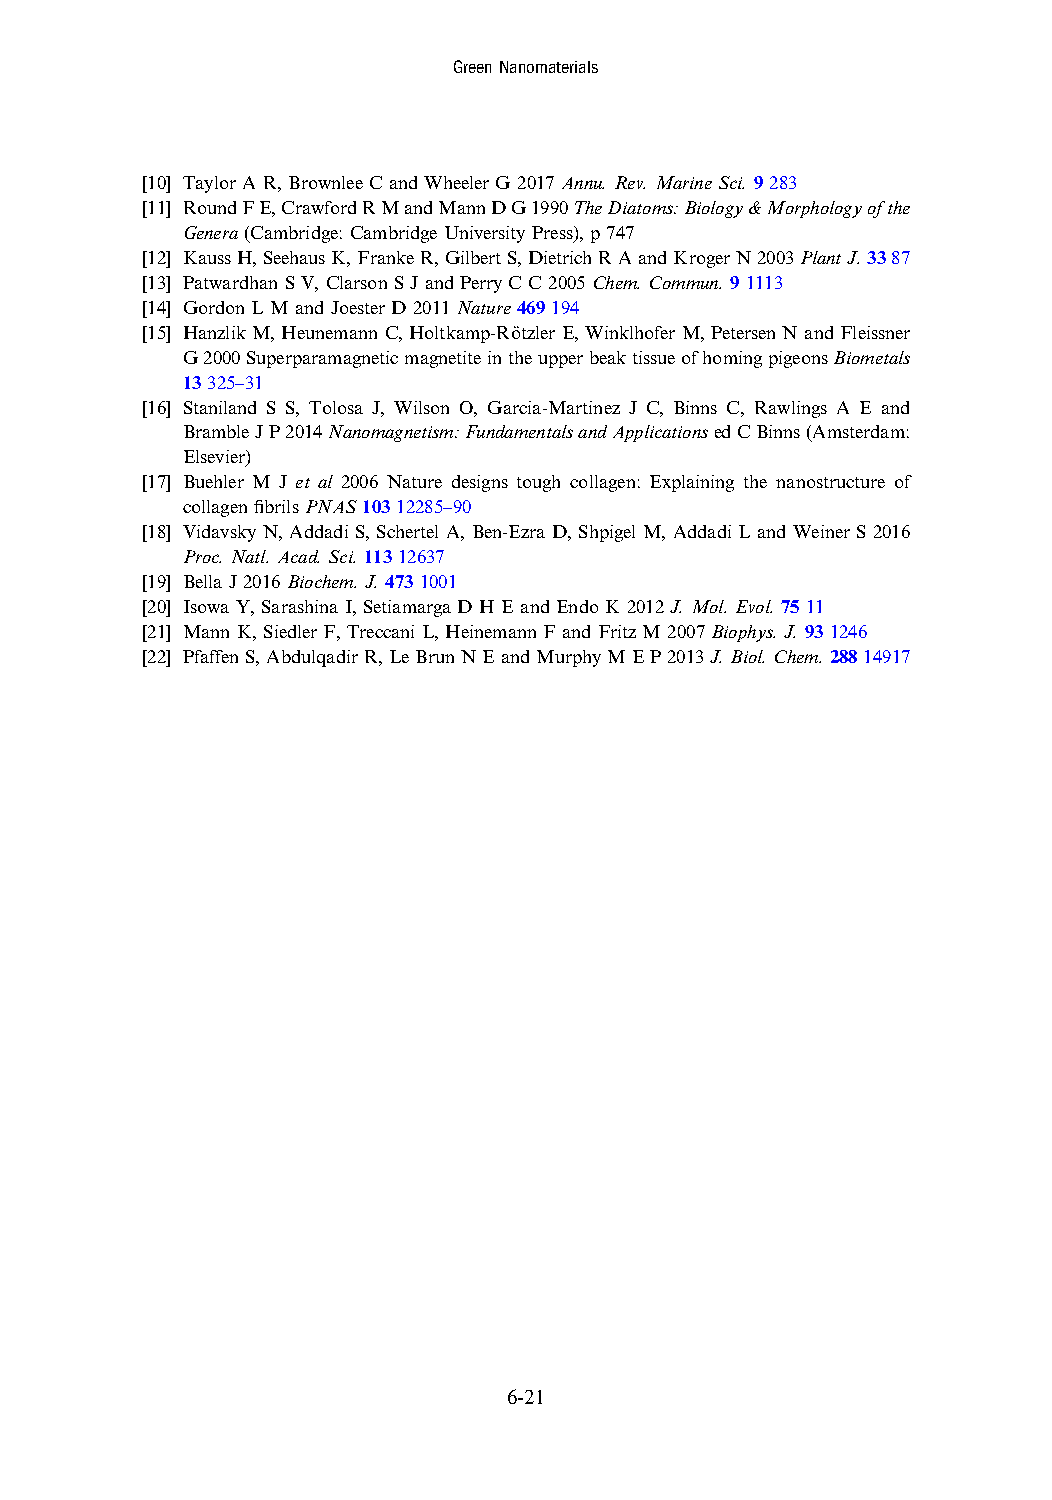
GreenNanomaterials
 [10] Taylor AR,BrownleeCandWheelerG 2017Annu.Rev.MarineSci.9283
 [11] RoundFE,CrawfordRMandMannDG1990TheDiatoms:Biology&Morphologyofthe
 Genera(Cambridge: CambridgeUniversity Press),p747
 [12] KaussH,SeehausK,FrankeR,GilbertS,DietrichRAandKrogerN2003PlantJ.3387
 [13] Patwardhan SV,ClarsonSJandPerryCC2005Chem.Commun. 91113
 [14] Gordon LMandJoesterD 2011Nature469194
 [15] HanzlikM,HeunemannC,Holtkamp-Rötzler E,WinklhoferM,PetersenNandFleissner
 G2000SuperparamagneticmagnetiteintheupperbeaktissueofhomingpigeonsBiometals
 13325–31
 [16] Staniland S S, Tolosa J, Wilson O, Garcia-Martinez J C, Binns C, Rawlings A E and
 BrambleJP2014Nanomagnetism:FundamentalsandApplicationsedCBinns(Amsterdam:
 Elsevier)
 [17] Buehler M J et al 2006 Nature designs tough collagen: Explaining the nanostructure of
 collagen fibrilsPNAS10312285–90
 [18] Vidavsky N, Addadi S, Schertel A, Ben-Ezra D, Shpigel M, Addadi L and Weiner S 2016
 Proc.Natl.Acad.Sci.11312637
 [19] Bella J2016Biochem.J.4731001
 [20] IsowaY,SarashinaI,Setiamarga DH EandEndoK 2012J.Mol. Evol.7511
 [21] MannK, SiedlerF, TreccaniL,Heinemann FandFritzM2007Biophys.J.931246
 [22] PfaffenS,AbdulqadirR,LeBrunNEandMurphyMEP2013J.Biol.Chem.28814917
 6-21